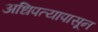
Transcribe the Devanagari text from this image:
अधिपत्यापासून